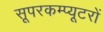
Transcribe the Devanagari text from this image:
सूपरकम्प्यूटरों